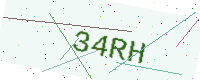
Text: 34RH